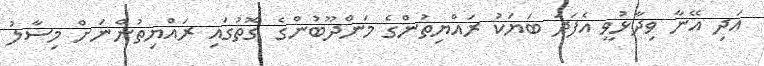
އަދި އޭނާ ވިދާޅުވީ އެފަދަ ބަޔަކު ރައްޔިތުންގެ މަންދޫބުންގެ ގޮތުގައި ރައްޔިތުންނަށް މިސާލު